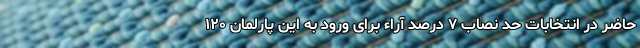
حاضر در انتخابات حد نصاب ۷ درصد آراء برای ورود به این پارلمان ۱۲۰